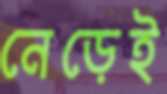
নেড়েই